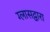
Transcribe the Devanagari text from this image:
ग्लासद्वारा